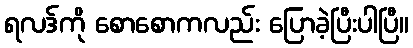
ရလဒ်ကို စောစောကလည်း ပြောခဲ့ပြီးပါပြီ။